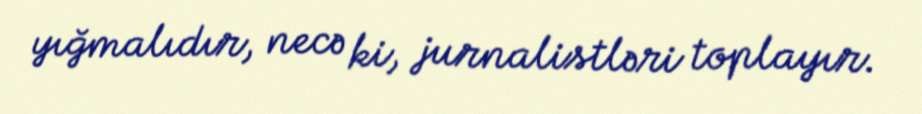
yığmalıdır, necə ki, jurnalistləri toplayır.